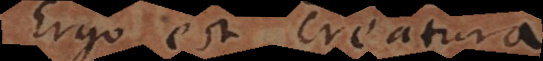
Ergo est creatura